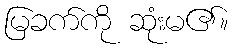
မြခက်ကို ဆုံးမ၏။